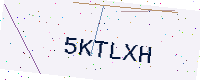
Text: 5KTLXH